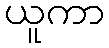
ယူကာ